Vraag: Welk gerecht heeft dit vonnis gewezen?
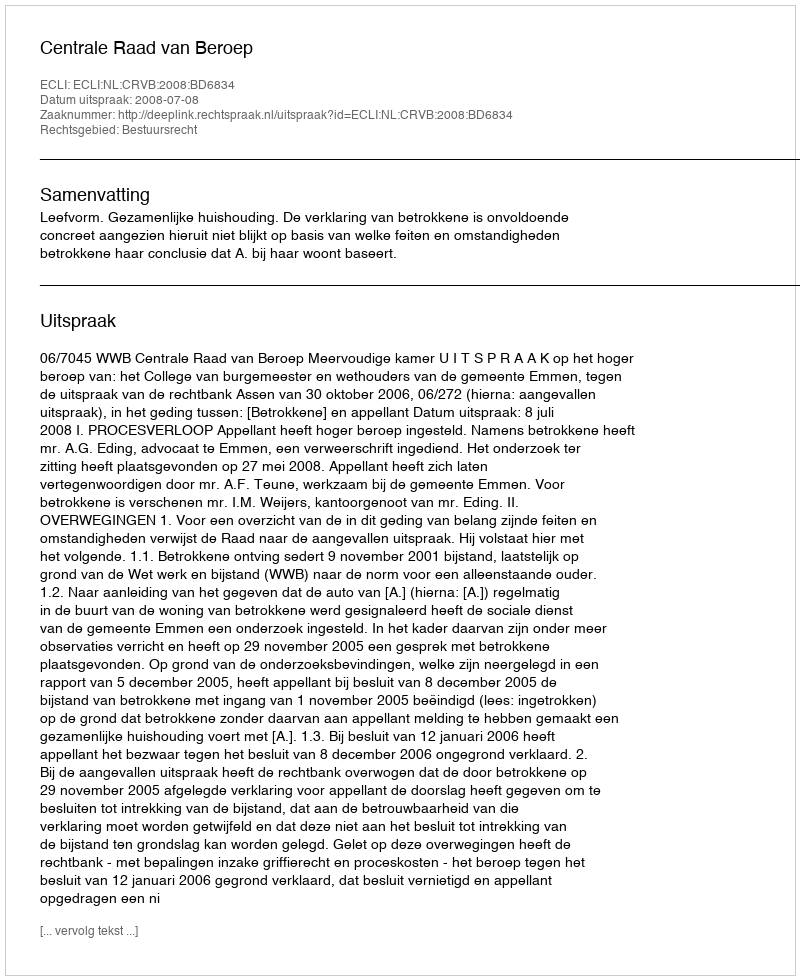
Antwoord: Centrale Raad van Beroep